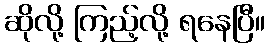
ဆိုလို့ ကြည့်လို့ ရနေပြီ။